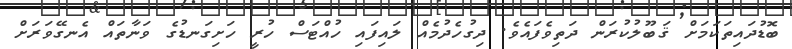
ބޮޑުދައިތަކަމަށް ޤަބޫލުކުރަން ދަތިވެފައެވެ. ދިގުހެދުމެއް ލައިފައި ހުއްޓަސް ހުރީ ހަށިގަނޑުގެ ވަނާތައް އެނގޭވަރަށް